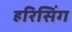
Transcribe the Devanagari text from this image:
हरिसिंग